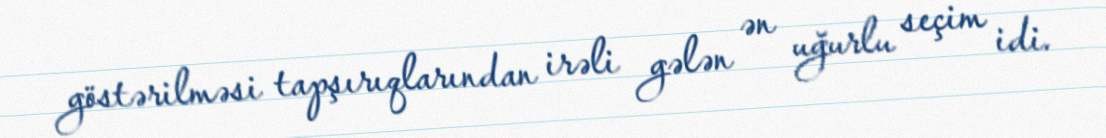
göstərilməsi tapşırıqlarından irəli gələn ən uğurlu seçim idi.